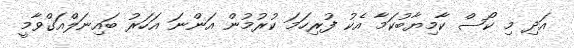
އަދި މި ކޯސް ކާމިޔާބުކަމާ އެކު ފުރިހަމަ ކުރުމުން އަންނަ އަހަރު ބައިނަލްއަގްވާމީ